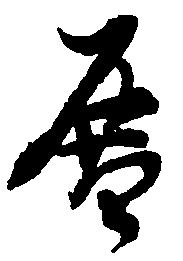
暦